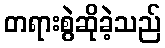
တရားစွဲဆိုခဲ့သည်